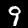
Digit: 9